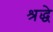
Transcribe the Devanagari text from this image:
श्रद्धे